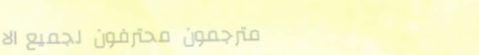
مترجمون محترفون لجميع الا